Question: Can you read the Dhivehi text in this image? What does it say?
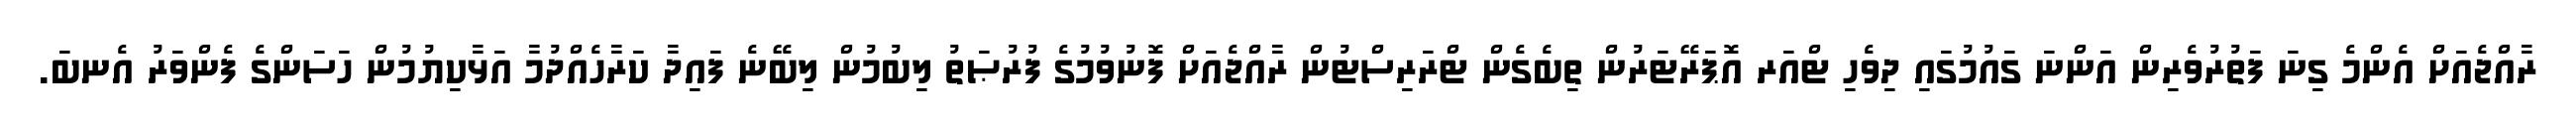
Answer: ރާއްޖެއަށް އެންމެ ގިނަ ފަތުރުވެރިން އަންނަ ގައުމުގައި ދިވެހި ޓްއަރ އޮޕަރޭޓަރުން ތިބެގެން ޓްރަރިސްޓުން ރާއްޖެއަށް ފޮނުވުމުގެ ފުރުޞަތު ލިބުމުން ލިބޭނެ ފައިދާ ކަރާހެއްދުމާ އަޅާކިޔުމުން ހަސަންގެ ފެންވަރު އެނބަ.